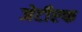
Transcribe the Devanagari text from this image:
जेटीएफ